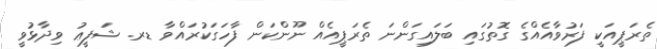
ތެރަޕީއަކީ ފަރުވާއެއްގެ ގޮތުގައި ބަލައިގަންނަ ތެރަޕީއެއް ނޫންކަން ފާހަގަކުރައްވާ ޑރ. ޝަފީޢު ވިދާޅުވީ